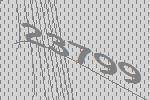
23799